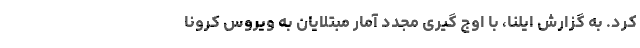
کرد. به گزارش ایلنا، با اوج گیری مجدد آمار مبتلایان به ویروس کرونا